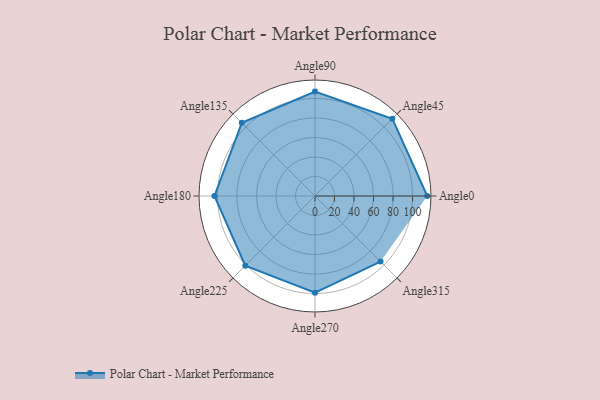
{"axis": {"x": "Angle", "y": "Radius"}, "legend": [""], "data": [{"x": "Angle0", "y": 115.0, "type": ""}, {"x": "Angle45", "y": 112.0, "type": ""}, {"x": "Angle90", "y": 107.0, "type": ""}, {"x": "Angle135", "y": 106.0, "type": ""}, {"x": "Angle180", "y": 103.0, "type": ""}, {"x": "Angle225", "y": 101.0, "type": ""}, {"x": "Angle270", "y": 99.0, "type": ""}, {"x": "Angle315", "y": 95.0, "type": ""}]}